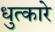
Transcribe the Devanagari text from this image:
धुत्कारे